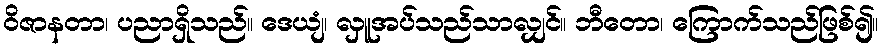
ဝိဇာနတာ၊ ပညာရှိသည်။ ဒေယျံ၊ လှူအပ်သည်သာလျှင်။ ဘီတော၊ ကြောက်သည်ဖြစ်၍။